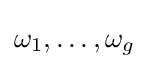
\omega _{1},\ldots ,\omega _{g}